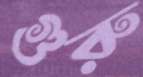
গুরু